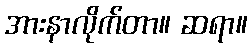
အားနာလိုက်တာ။ ဆရာ။